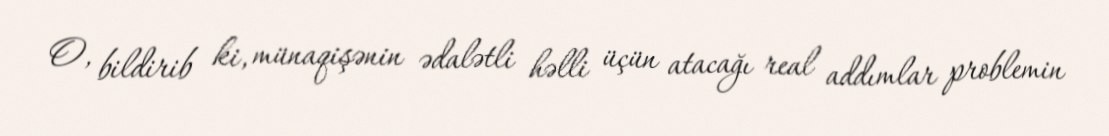
O, bildirib ki, münaqişənin ədalətli həlli üçün atacağı real addımlar problemin